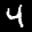
Label: 4